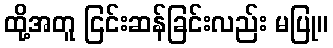
ထို့အတူ ငြင်းဆန်ခြင်းလည်း မပြု။